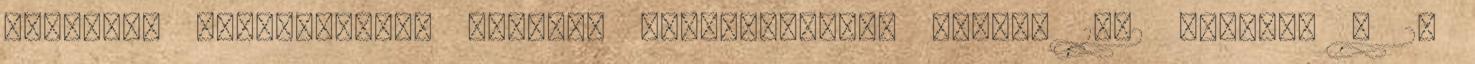
egyfajta poszttraumás stressz szindrómának. Begel, 1992 Oldal:5 6 2.